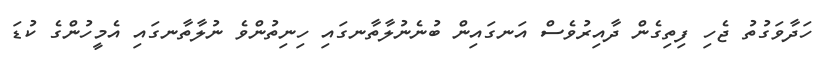
ހަދާވަގުތު ޖެހި ފިތިގެން ދާއިރުވެސް އަނގައިން ބުނެނުލާތާނގައި ހިނިތުންވެ ނުލާތާނގައި އެމީހުންގެ ކުޑަ